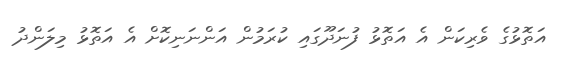
އަތޮޅުގެ ވެރިކަން އެ އަތޮޅު ފުނަދޫގައި ކުރަމުން އަންނަނިކޮށް އެ އަތޮޅު މިލަންދު